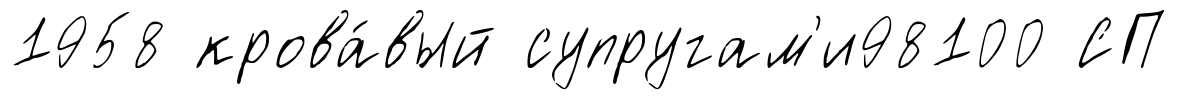
1958 крова́вый супругам'и98100 СП